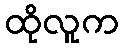
ထိုလူက